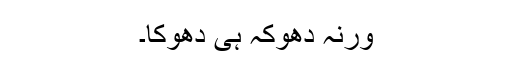
ورنہ دھوکہ ہی دھوکا۔